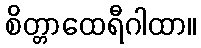
စိတ္တာထေရီဂါထာ။